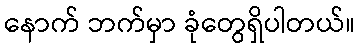
နောက် ဘက်မှာ ခုံတွေရှိပါတယ်။